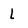
Character: L